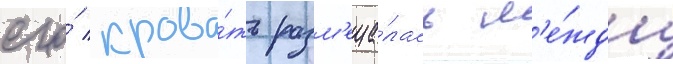
его́ крова́ть разм'еща́лась м'е́жду